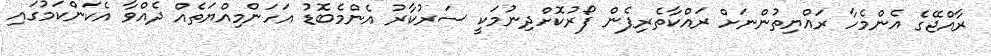
ރާއްޖޭގެ އެންމެހާ ރައްޔިތުންނަށް ރައްކާތެރިފެން ފޯރުކޮށްދިނުމަކީ ސަރުކާރު އެންމެބޮޑު އަހަންމިއްޔަތެއް ދެއްވާ އެކަންކަމުގައި